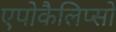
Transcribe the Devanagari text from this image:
एपोकैलिप्सो